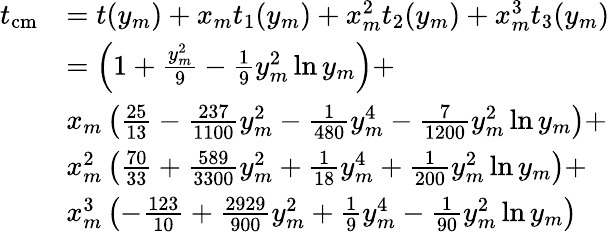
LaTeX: \begin{array}{rl}{t_{\mathrm{cm}}}&{=t(y_{m})+x_{m}t_{1}(y_{m})+x_{m}^{2}t_{2}(y_{m})+x_{m}^{3}t_{3}(y_{m})}\\ &{=\left(1+\frac{y_{m}^{2}}{9}-\frac{1}{9}y_{m}^{2}\ln y_{m}\right)+}\\ &{x_{m}\left(\frac{25}{13}-\frac{237}{1100}y_{m}^{2}-\frac{1}{480}y_{m}^{4}-\frac{7}{1200}y_{m}^{2}\ln y_{m}\right)+}\\ &{x_{m}^{2}\left(\frac{70}{33}+\frac{589}{3300}y_{m}^{2}+\frac{1}{18}y_{m}^{4}+\frac{1}{200}y_{m}^{2}\ln y_{m}\right)+}\\ &{x_{m}^{3}\left(-\frac{123}{10}+\frac{2929}{900}y_{m}^{2}+\frac{1}{9}y_{m}^{4}-\frac{1}{90}y_{m}^{2}\ln y_{m}\right)}\end{array}